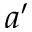
a ^ { \prime }